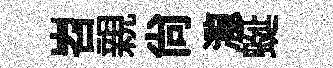
岧親尚瀧蜒